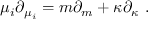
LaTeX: \mu _ { i } \partial _ { \mu _ { i } } = m \partial _ { m } + \kappa \partial _ { \kappa } \ .